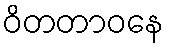
ဝိတတာဝနေ